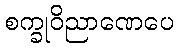
စက္ခုဝိညာဏေပေ